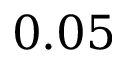
0 . 0 5